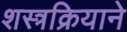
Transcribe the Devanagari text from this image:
शस्त्रक्रियाने